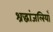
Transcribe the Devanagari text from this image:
श्रद्धांजलियाँ